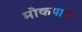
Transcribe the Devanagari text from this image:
मोकपार्क